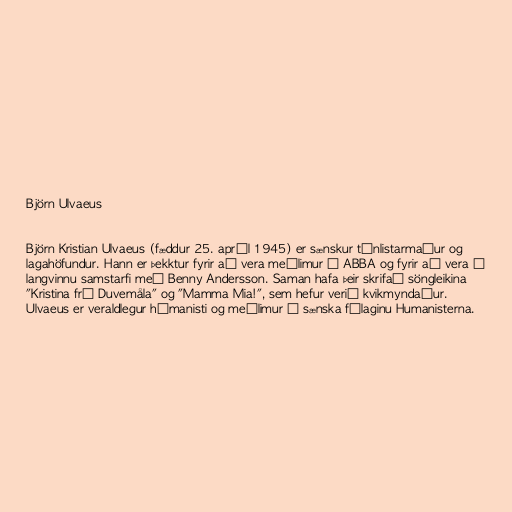
Björn Ulvaeus

Björn Kristian Ulvaeus (fæddur 25. apríl 1945) er sænskur tónlistarmaður og
lagahöfundur. Hann er þekktur fyrir að vera meðlimur í ABBA og fyrir að vera í
langvinnu samstarfi með Benny Andersson. Saman hafa þeir skrifað söngleikina
"Kristina frá Duvemåla" og "Mamma Mia!", sem hefur verið kvikmyndaður.
Ulvaeus er veraldlegur húmanisti og meðlimur í sænska félaginu Humanisterna.